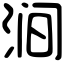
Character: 涧